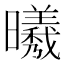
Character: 𣌀